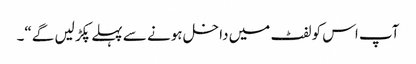
آپ اس کو لفٹ میں داخل ہونے سے پہلے پکڑ لیں گے“۔